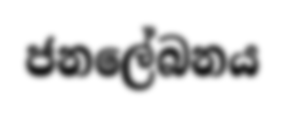
ජනලේබනය